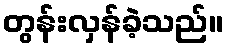
တွန်းလှန်ခဲ့သည်။